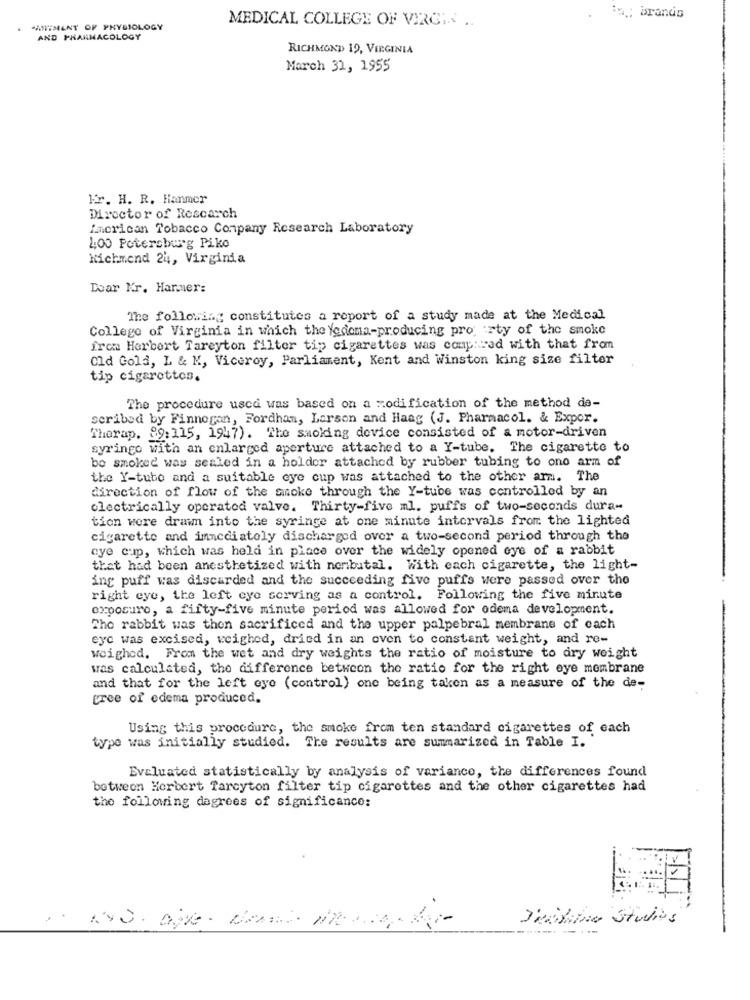
MEDICAL COLLEGE OF VIRGI. ..
in ,; brands
ANTIMENT OF PHYSIOLOGY
AND PHARMACOLOGY
RICHMOND 19, VIRGINIA
March 31, 1955
kr. H. R. Hanmer
Director of Rescarch
imcrican Tobacco Conpany Research Laboratory
100 Petersburg Pike
Kichmend 24, Virginia
Doar Kr. Harmer:
The following constitutes a report of a study made at the Medical
College of Virginia in which the Yedoma-producing pro rty of the smoke
from Herbert Tareyton filter tip cigarettes was compared with that from
Old Gold, L & M, Viceroy, Parliament, Kent and Winston king size filter
tip cigarottos.
The procedure usca was based on a modification of the method de-
scribed by Finnegan, Fordham, Larson and Haag (J. Pharmacol. & Expor.
Thorap. 89:115, 1947). The smoking device consisted of a motor-driven
syringo with an enlarged aperture attached to a Y-tube. The cigarette to
bo smoked was sealed in a holder attached by rubber tubing to ono arm of
the Y-tube and a suitable eye cup was attached to the other arm. The
direction of flow of the smoke through the Y-tube was controlled by an
electrically operated valve. Thirty-five ml. puffs of two-seconds dura-
tion were draim into the syringe at one minute intervals from the lighted
cigarette and immediately discharged over a two-second period through the
eye cup, which was held in place over the widely opened eye of a rabbit
that had been anesthetized with nembutal. With each cigarette, the light-
ing puff was discarded and the succeeding five puffs were passed over the
right eye, the left eye serving as a control. Following the five minute
exposure, a fifty-five minute period was allowed for odema development.
The rabbit was then sacrificed and the upper palpebral membrane of cach
eye was excised, weighed, dried in an oven to constant weight, and re-
weighed. From the wet and dry weights the ratio of moisture to dry weight
was calculated, the difference between the ratio for the right eye membrane
and that for the left eye (control) one being taken as a measure of the de-
free of edema produced.
Using this procedure, the smoke from ten standard cigarettes of each
type was initially studied. The results are summarized in Table I.
Evaluated statistically by analysis of variance, the differences found
between Herbert Tarcyton filter tip cigarettes and the other cigarettes had
the following degrees of significance:
Deciding Studios